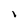
Character: I